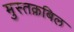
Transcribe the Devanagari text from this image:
मुस्तक़बिल